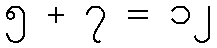
၅ + ၇ = ၁၂